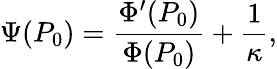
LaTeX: \Psi(P_{0})=\frac{\Phi^{\prime}(P_{0})}{\Phi(P_{0})}+\frac 1\kappa,